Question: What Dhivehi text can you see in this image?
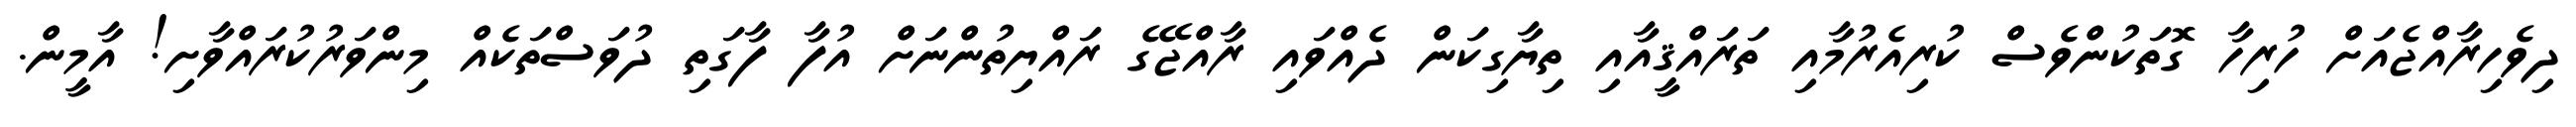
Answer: ދިވެހިރާއްޖެއަށް ހުރިހާ ގޮތަކުންވެސް ކުރިއެރުމާއި ތަރައްޤީއާއި ތިޔާގިކަން ދެއްވައި ރާއްޖޭގެ ރައްޔިތުންނަށް އުފާ ފާގަތި ދުވަސްތަކެއް މިންވަރުކުރައްވާށި! އާމީން.